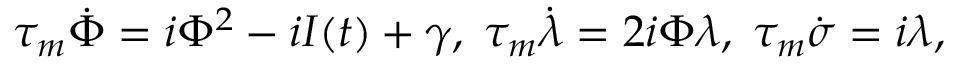
\begin{array} { r } { \tau _ { m } \dot { \Phi } = i \Phi ^ { 2 } - i I ( t ) + \gamma , \; \tau _ { m } \dot { \lambda } = 2 i \Phi \lambda , \; \tau _ { m } \dot { \sigma } = i \lambda , } \end{array}